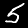
Digit: 5